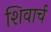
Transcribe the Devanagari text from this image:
शिवार्च